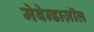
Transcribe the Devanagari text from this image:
मेबेन्डाज़ॉल